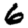
Digit: 6